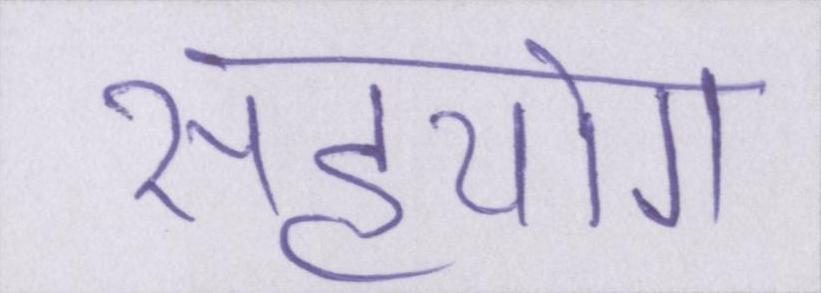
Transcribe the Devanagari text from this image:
सहयोग